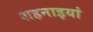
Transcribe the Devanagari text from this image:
शहनाइयां